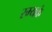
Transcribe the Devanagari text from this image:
रम्यकं